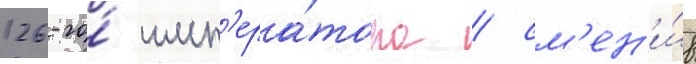
126-го́ имп'ера́тора / см'ен'и́в